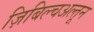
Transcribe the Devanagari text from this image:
ज़िबिल्चअल्तून